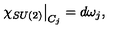
\left. \chi _ { S U ( 2 ) } \right| _ { C _ { j } } = d \omega _ { j } ,